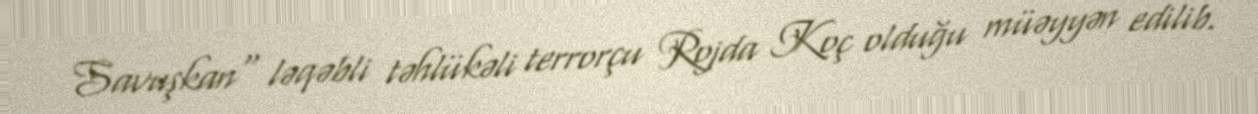
Savuşkan" ləqəbli təhlükəli terrorçu Rojda Koç olduğu müəyyən edilib.